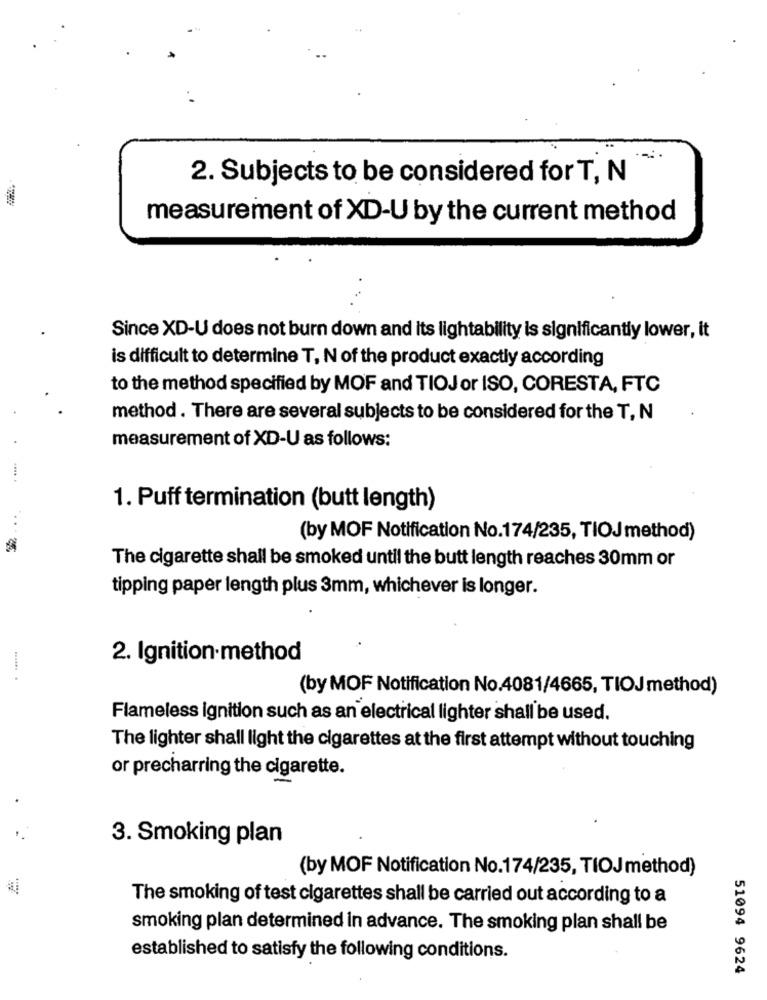
2. Subjects to be considered for T, N
measurement of XD-U by the current method
Since XD-U does not burn down and its lightability is significantly lower, it
is difficult to determine T, N of the product exactly according
to the method specified by MOF and TIOJor ISO, CORESTA, FTC
method . There are several subjects to be considered for the T, N
measurement of XD-U as follows:
1. Puff termination (butt length)
..
(by MOF Notification No.174/235, TIOJ method)
The cigarette shall be smoked until the butt length reaches 30mm or
tipping paper length plus 3mm, whichever is longer.
2. Ignition method
..... .
(by MOF Notification No.4081/4665, TIOJmethod)
Flameless ignition such as an electrical lighter shall be used.
The lighter shall light the cigarettes at the first attempt without touching
or precharring the cigarette.
3. Smoking plan
(by MOF Notification No.174/235, TIOJmethod)
The smoking of test cigarettes shall be carried out according to a
smoking plan determined in advance. The smoking plan shall be
established to satisfy the following conditions.
51094 9624